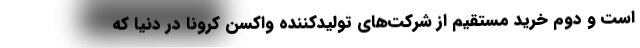
است و دوم خرید مستقیم از شرکت‌های تولیدکننده واکسن کرونا در دنیا که